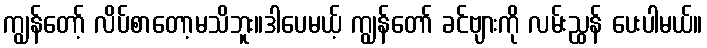
ကျွန်တော့် လိပ်စာတော့မသိဘူး။ဒါပေမယ့် ကျွန်တော် ခင်ဗျားကို လမ်းညွှန် ပေးပါမယ်။